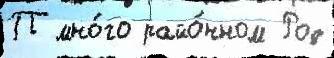
П мно́го райо́нном Род